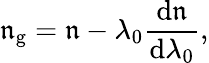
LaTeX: \mathfrak{n}_{\mathrm{{g}}}=\mathfrak{n}-\lambda_{0}{\frac{{\mathrm{{d}}\mathfrak{n}}}{{\mathrm{{d}}\lambda_{0}}}},